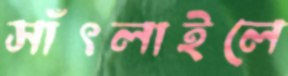
সাঁৎলাইলে